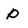
Character: p